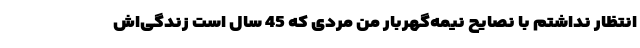
انتظار نداشتم با نصایح نیمه‌گهربار من مردی که 45 سال است زندگی‌اش